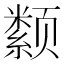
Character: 颣